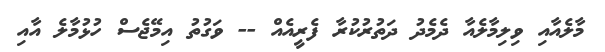
މާލެއާއި ވިލިމާލެއާ ދެމެދު ދަތުރުކުރާ ފެރީއެއް -- ވަގުތު އިމޭޖެސް ހުޅުމާލެ އާއި